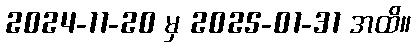
2024-11-20 မှ 2025-01-31 အထိ။